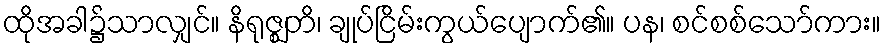
ထိုအခါ၌သာလျှင်။ နိရုဇ္ဈတိ၊ ချုပ်ငြိမ်းကွယ်ပျောက်၏။ ပန၊ စင်စစ်သော်ကား။